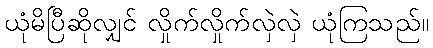
ယုံမိပြီဆိုလျှင် လှိုက်လှိုက်လှဲလှဲ ယုံကြသည်။